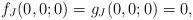
LaTeX: \begin{align*}f_J(0,0;0) = g_J(0,0;0) = 0,\end{align*}